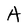
Character: A